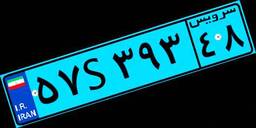
۲۹S۷۰۴۰۸